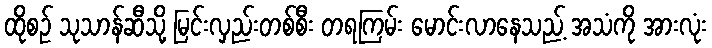
ထိုစဉ် သုသာန်ဆီသို့ မြင်းလှည်းတစ်စီး တရကြမ်း မောင်းလာနေသည့် အသံကို အားလုံး